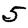
Digit: 5